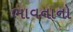
ભાવનાનો